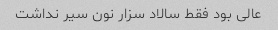
عالی بود فقط سالاد سزار نون سیر نداشت